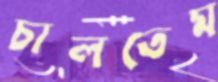
চালতেম